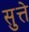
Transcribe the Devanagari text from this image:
सुत्ते